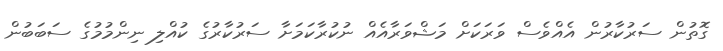
ގޮތުން ސަރުކާރުން އެއްވެސް ވަރަކަށް މަޝްވަރާއެއް ނުކުރާކަމަށާ ސަރުކާރުގެ ކުއްލި ނިންމުމުގެ ސަބަބުން